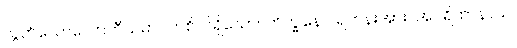
လွတ်သောလောကီသမာပတ်စိတ်ရှိသော။ ဘိက္ခုနော၊ ရဟန်းအား။ အပရိဟာနာယ၊